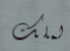
لملك